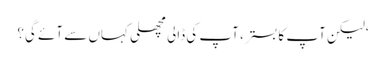
‘لیکن آپ کا بستر ، آپ کی ڈالی مچھلی کہاں سے آئے گی؟